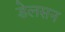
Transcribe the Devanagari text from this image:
डेलसन